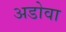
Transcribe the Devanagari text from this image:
अडोवा